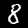
Label: 8